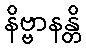
နိဗ္ဗာနန္တိ